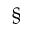
\S